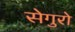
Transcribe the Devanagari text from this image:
सेगुरो